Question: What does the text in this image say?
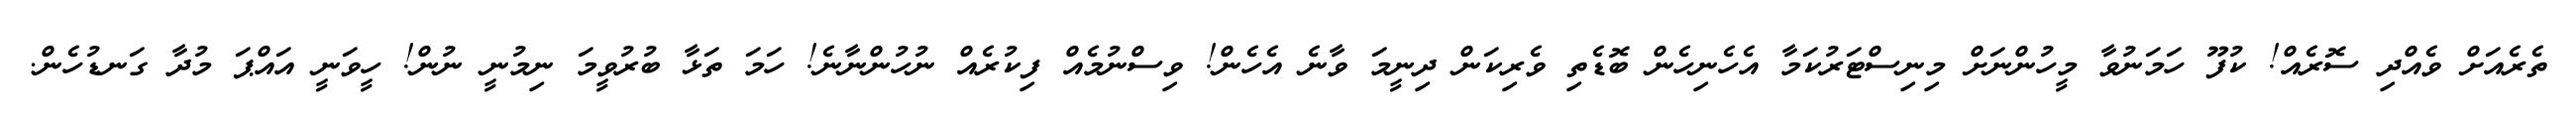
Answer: ތެރެއަށް ވެއްދި ސޮރެއް! ކުފޫ ހަމަނުވާ މީހުންނަށް މިނިސްޓަރުކަމާ އެހެނިހެން ބޮޑެތި ވެރިކަން ދިނީމަ ވާނެ އެހެން! ވިސްނުމެއް ފިކުރެއް ނުހުންނާނެ! ހަމަ ތަޅާ ބުރުވީމަ ނިމުނީ ނުން! ހީވަނީ އައްޕަ މުދާ ގަނޑުހެން.